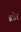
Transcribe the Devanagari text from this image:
ब्रन्नेर